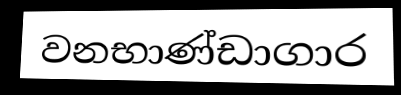
වනභාණ්ඩාගාර